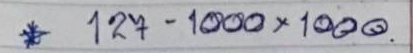
* 127 -  1000 x 1000